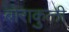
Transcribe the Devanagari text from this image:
बोराकुली